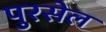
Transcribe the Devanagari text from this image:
पुरसेल